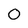
Character: 0